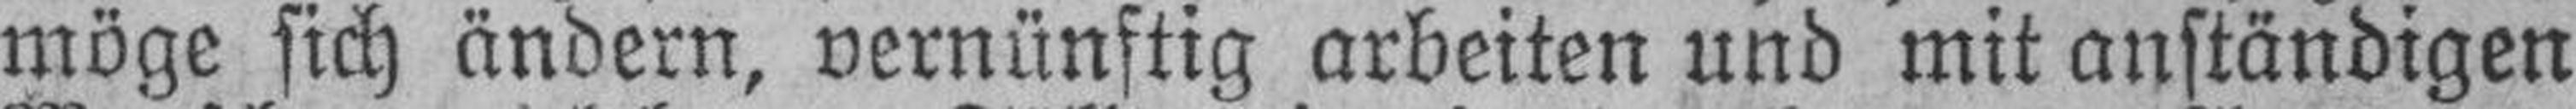
möge sich ändern, vernünftig arbeiten und mit anständigen